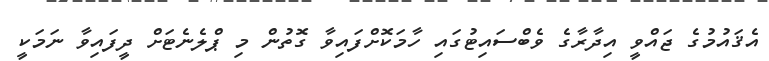
އެޤައުމުގެ ޖައްވީ އިދާރާގެ ވެބްސައިޓުގައި ހާމަކޮށްފައިވާ ގޮތުން މި ޕްލެނެޓަށް ދީފައިވާ ނަމަކީ